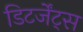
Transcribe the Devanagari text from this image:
डिटर्जेंट्स